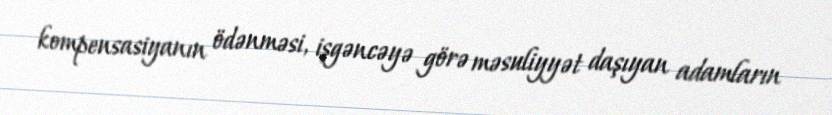
kompensasiyanın ödənməsi, işgəncəyə görə məsuliyyət daşıyan adamların